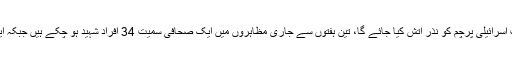
آج کے مظاہرے میں ایک دیو قامت اسرائیلی پرچم کو نذر آتش کیا جائے گا، تین ہفتوں سے جاری مظاہروں میں ایک صحافی سمیت 34 افراد شہید ہو چکے ہیں جبکہ ایک ہزار سے زائد زخمی ہوئے ہیں۔